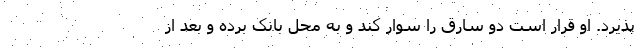
پذیرد. او قرار است دو سارق را سوار کند و به محل بانک برده و بعد از